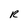
Character: R